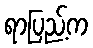
ရာပြည့်က